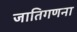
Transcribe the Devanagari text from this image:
जातिगणना